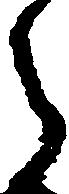
郎